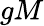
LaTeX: gM